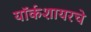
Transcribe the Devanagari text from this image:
यॉर्कशायरचे